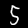
Label: 5